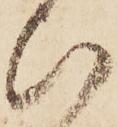
ひ